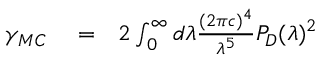
\begin{array} { r l r } { \gamma _ { M C } } & { { } = } & { 2 \int _ { 0 } ^ { \infty } d \lambda \frac { ( 2 \pi { c } ) ^ { 4 } } { \lambda ^ { 5 } } P _ { D } ( \lambda ) ^ { 2 } } \end{array}